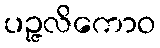
ပဉ္ဇလိကောဝ